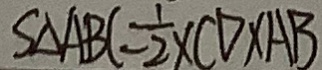
S _ { \Delta A B C } = \frac { 1 } { 2 } \times C D \times A B